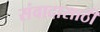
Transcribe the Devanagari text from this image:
संवादासाठी